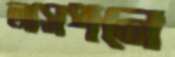
আসপনে